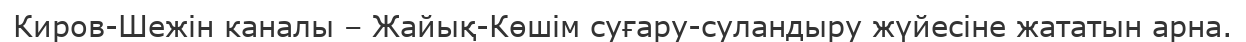
Киров-Шежін каналы – Жайық-Көшім суғару-суландыру жүйесіне жататын арна.